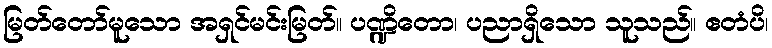
မြတ်တော်မူသော အရှင်မင်းမြတ်။ ပဏ္ဍိတော၊ ပညာရှိသော သူသည်။ ဧတံပိ၊